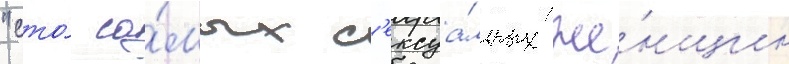
"сто́ са́мых с'ексуа́льных же́нщин